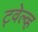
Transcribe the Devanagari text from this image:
ट्वेल्व्ह